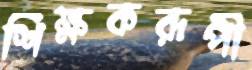
শিক্ষকরূপী